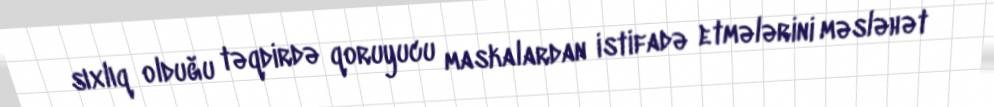
sıxlıq olduğu təqdirdə qoruyucu maskalardan istifadə etmələrini məsləhət